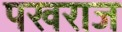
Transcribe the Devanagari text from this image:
पखराज